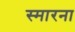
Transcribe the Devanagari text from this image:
स्मारना